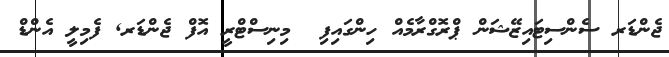
ޖެންޑަރ ސެންސިޓައިޒޭޝަން ޕްރޮގްރާމެއް ހިންގައިފި  މިނިސްޓްރީ އޮފް ޖެންޑަރ